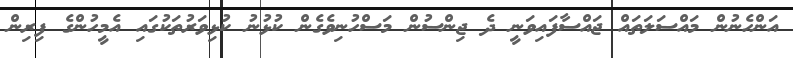
އަންހެނުން މައްސަލަތައް ޖައްސާފައިވަނީ ދެ ޖިންސުން މަސްހުނިވެގެން ކުޅުނު ކުޅިވަރުތަކުގައި އެމީހުންގެ ފިރިން